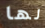
لها